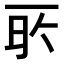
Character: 𬻔